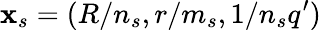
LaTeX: \mathbf{x}_{s}=(R/n_{s},r/m_{s},1/n_{s}q^{\prime})